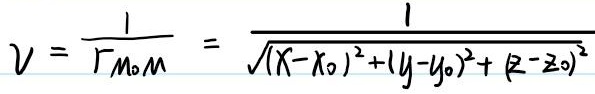
\[
V = \frac{1}{r_{M_0M}} = \frac{1}{\sqrt{(X - X_0)^2 + (Y - Y_0)^2 + (Z - Z_0)^2}}
\]